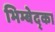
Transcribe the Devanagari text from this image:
भिम्बेद्का